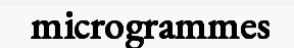
microgrammes